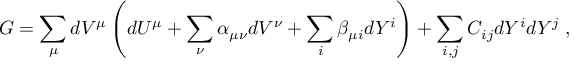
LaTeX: G = \sum _ { \mu } d V ^ { \mu } \left( d U ^ { \mu } + \sum _ { \nu } \alpha _ { \mu \nu } d V ^ { \nu } + \sum _ { i } \beta _ { \mu i } d Y ^ { i } \right) + \sum _ { i , j } C _ { i j } d Y ^ { i } d Y ^ { j } ~ ,